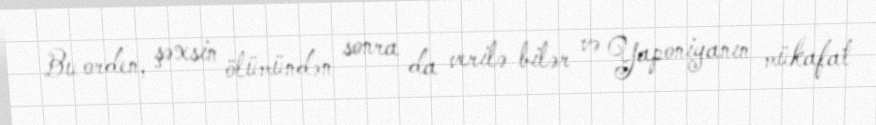
Bu orden, şəxsin ölümündən sonra da verilə bilər və Yaponiyanın mükafat